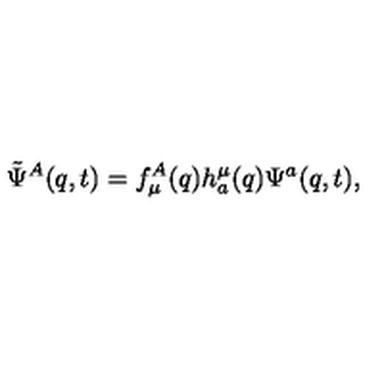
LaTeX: \tilde { \Psi } ^ { A } ( q , t ) = f _ { \mu } ^ { A } ( q ) h _ { a } ^ { \mu } ( q ) \Psi ^ { a } ( q , t ) ,